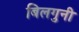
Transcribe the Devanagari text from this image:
बिलगुनी